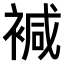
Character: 𧛡